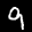
Label: 9